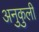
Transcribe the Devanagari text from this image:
अनुकुली